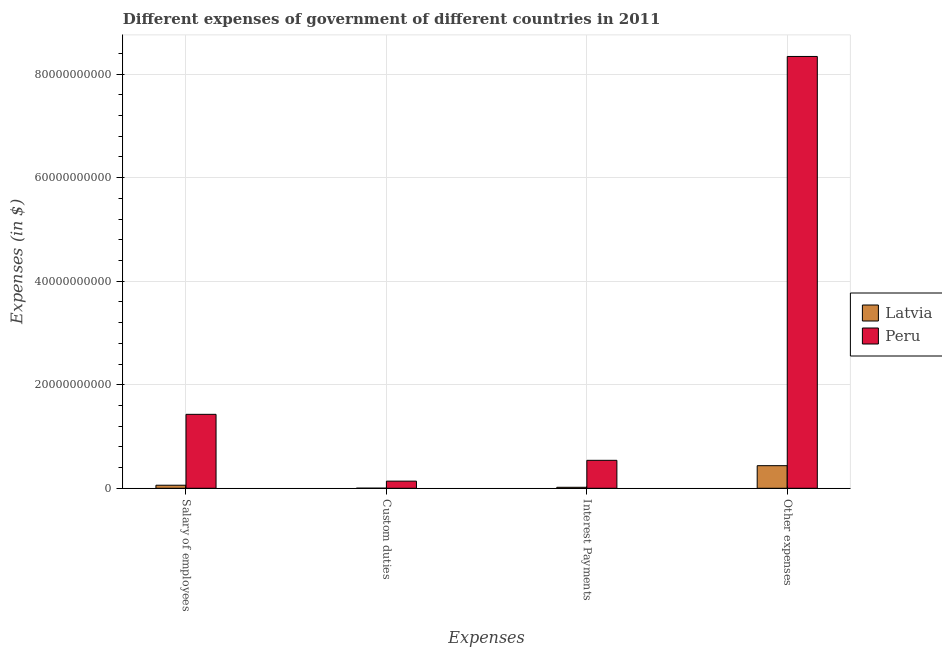
| Expenses | Latvia | Peru |
 | --- | --- | --- |
 | Salary of employees | 5.91e+08 | 1.43e+10 |
 | Custom duties | 2.09e+07 | 1.38e+09 |
 | Interest Payments | 1.91e+08 | 5.4e+09 |
 | Other expenses | 4.37e+09 | 8.34e+10 |